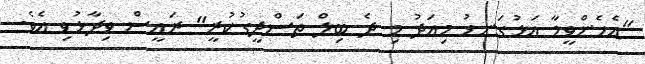
"އެހެންވީމާ އަޅުގަނޑު މިއަދު މި ދެ ބިލް ތަސްދީގުކުރީ" ރައީސް ވިދާޅުވި އެވެ.